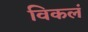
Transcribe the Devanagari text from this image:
विकलं